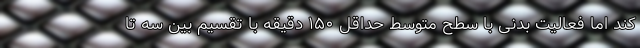
کند اما فعالیت بدنی با سطح متوسط حداقل ۱۵۰ دقیقه با تقسیم بین سه تا